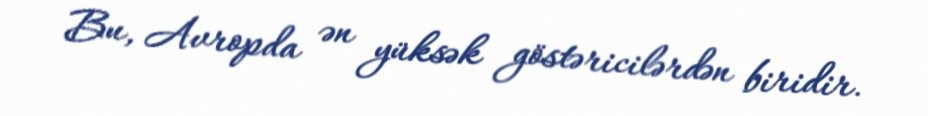
Bu, Avropda ən yüksək göstəricilərdən biridir.